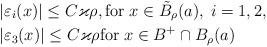
LaTeX: \begin{align*}&|\varepsilon_i (x)| \le C\varkappa \rho, \mbox{for} \; x \in \tilde{B}_\rho(a), \; i=1,2, \\&|\varepsilon_3(x)| \le C\varkappa \rho \mbox{for} \; x \in B^+ \cap B_\rho(a) \end{align*}